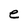
Character: e